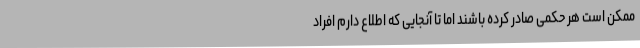
ممکن است هر حکمی صادر کرده باشند اما تا آنجایی که اطلاع دارم افراد